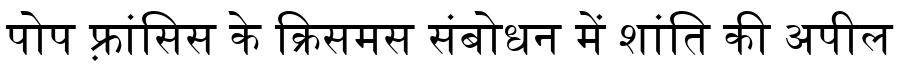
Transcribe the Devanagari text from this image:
पोप फ़्रांसिस के क्रिसमस संबोधन में शांति की अपील